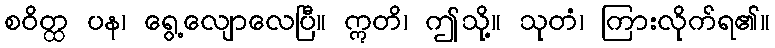
စဝိတ္ထ ပန၊ ရွေ့လျောလေပြီ။ ဣတိ၊ ဤသို့။ သုတံ၊ ကြားလိုက်ရ၏။